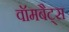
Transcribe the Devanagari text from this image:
वॉमबैट्स